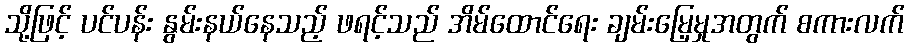
သို့ဖြင့် ပင်ပန်း နွမ်းနယ်နေသည့် ဖရင့်သည် အိမ်ထောင်ရေး ချမ်းမြေ့မှုအတွက် စကားလက်